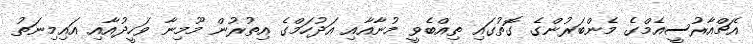
އެޗްއާރުސީއެމްގެ މެންބަރުންގެ ގޮތުގައި ތިއްބެވީ މުނާއާއި އަދުހަމްގެ އިތުރުން މޫމިނާ ވަހީދުއާއި އައިމިނަތު